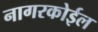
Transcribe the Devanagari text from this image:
नागरकोईल